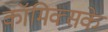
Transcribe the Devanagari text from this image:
कॉमिक्सके